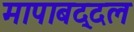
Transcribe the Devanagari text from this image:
मापाबद्दल